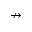
\nrightarrow